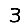
Digit: 3